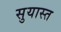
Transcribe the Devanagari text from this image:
सुयास्त